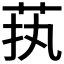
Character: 𱽜